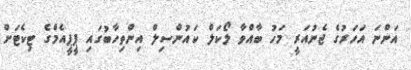
އަންނަ އަހަރުގެ ޖެނުއަރީ މަހު ބާއްވާ ލޯކަލް ކައުންސިލް އިންތިހާބުގައި ޕީޕީއެމްގެ ޓިކެޓަށް